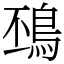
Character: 䲹